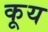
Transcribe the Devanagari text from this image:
कूय